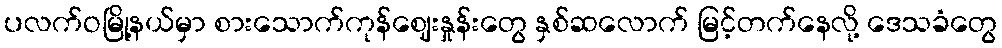
ပလက်ဝမြို့နယ်မှာ စားသောက်ကုန်ဈေးနှုန်းတွေ နှစ်ဆလောက် မြင့်တက်နေလို့ ဒေသခံတွေ